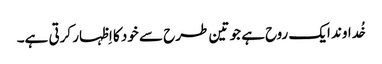
خُداوند ایک روح ہے جو تین طرح سے خود کا اِظہار کرتی ہے۔